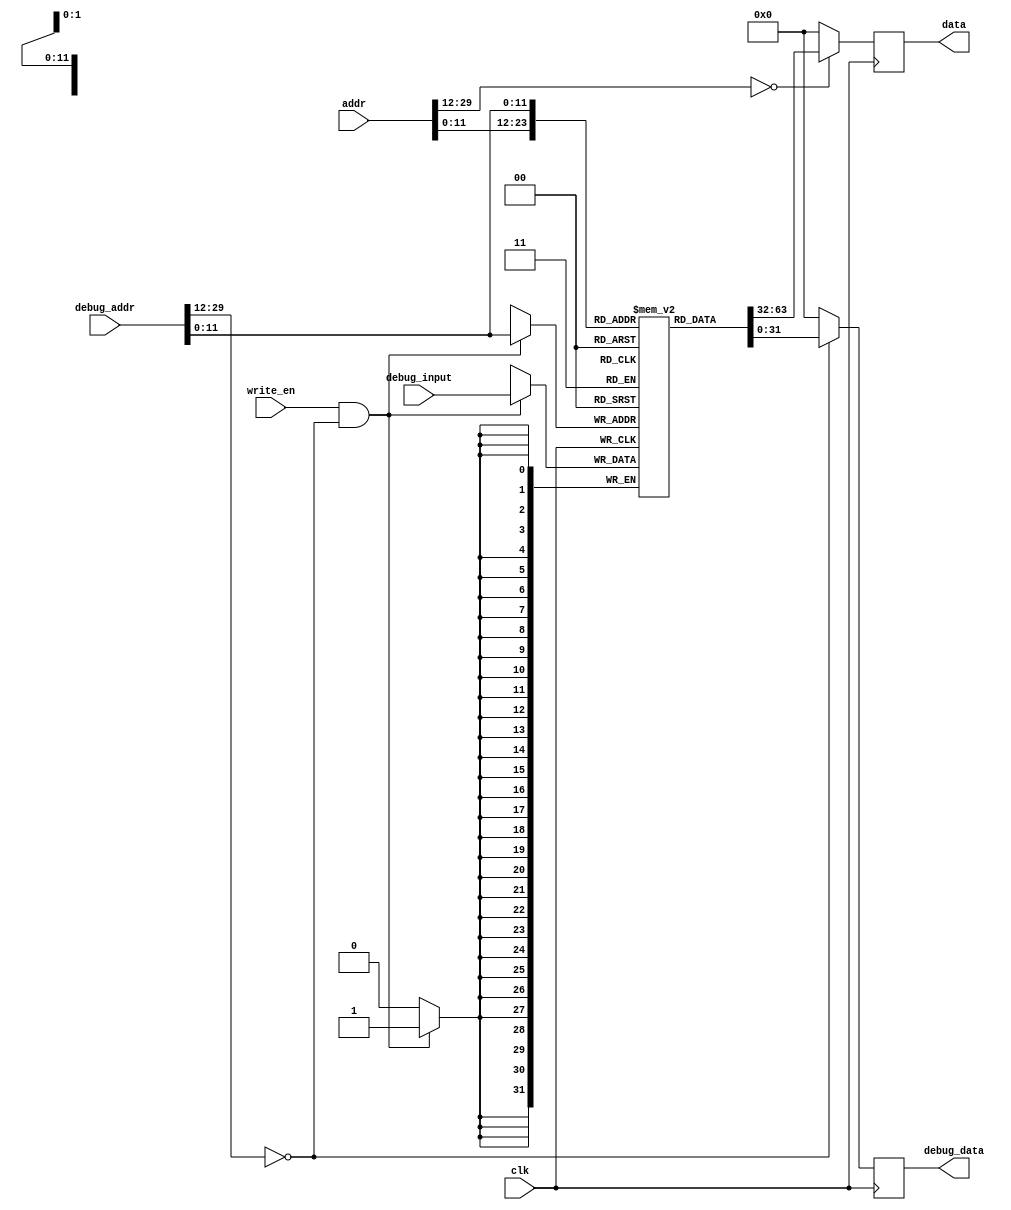
// asm file name: btb.S
module InstructionCache(
    input wire clk,
    input wire write_en,
    input wire [31:2] addr, debug_addr,
    input wire [31:0] debug_input,
    output reg [31:0] data, debug_data
);

    // local variable
    wire addr_valid = (addr[31:14] == 18'h0);
    wire debug_addr_valid = (debug_addr[31:14] == 18'h0);
    wire [11:0] dealt_addr = addr[13:2];
    wire [11:0] dealt_debug_addr = debug_addr[13:2];
    // cache content
    reg [31:0] inst_cache[0:4095];


    initial begin
        data = 32'h0;
        debug_data = 32'h0;
        inst_cache[       0] = 32'h00000293;
        inst_cache[       1] = 32'h00000313;
        inst_cache[       2] = 32'h06500393;
        inst_cache[       3] = 32'h00530333;
        inst_cache[       4] = 32'h00128293;
        inst_cache[       5] = 32'hfe729ce3;
        inst_cache[       6] = 32'h00130313;
end

    always@(posedge clk)
    begin
        data <= addr_valid ? inst_cache[dealt_addr] : 32'h0;
        debug_data <= debug_addr_valid ? inst_cache[dealt_debug_addr] : 32'h0;
        if(write_en & debug_addr_valid) 
            inst_cache[dealt_debug_addr] <= debug_input;
    end

endmodule